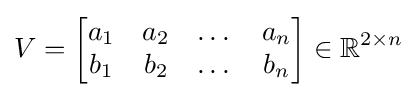
V={\begin{bmatrix}a_{1}&a_{2}&\dots &a_{n}\\b_{1}&b_{2}&\dots &b_{n}\end{bmatrix}}\in \mathbb {R} ^{2\times n}